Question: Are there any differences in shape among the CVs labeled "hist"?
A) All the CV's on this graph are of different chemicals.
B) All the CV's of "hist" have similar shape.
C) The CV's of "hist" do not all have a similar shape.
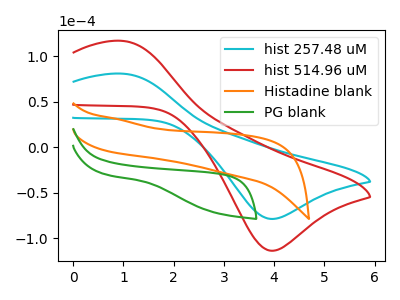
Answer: <think>The cyan curve "hist 257.48 uM" has an anodic peak at (1.00V, 80.95uA) and a cathodic peak at (3.95V, -78.55uA). The red curve "hist 514.96 uM" has an anodic peak at (1.00V, 116.95uA) and a cathodic peak at (3.95V, -113.50uA). The orange curve "Histadine blank" has no peaks. The green curve "PG blank" has no peaks.
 All the peaks in "hist 257.48 uM" have a peak in "hist 514.96 uM" at the same potential. Every peak in "hist 257.48 uM" is lower than every peak in "hist 514.96 uM". "hist 257.48 uM" and "Histadine blank" have a different number of peaks. "hist 257.48 uM" and "PG blank" have a different number of peaks. "hist 514.96 uM" and "Histadine blank" have a different number of peaks. "hist 514.96 uM" and "PG blank" have a different number of peaks. Neither "Histadine blank" or "PG blank" have any peaks.</think>
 <answer>B) All the CV's of "hist" have similar shape.</answer>
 <eval>B</eval>